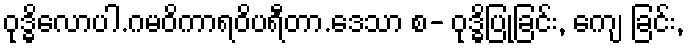
ဝုဒ္ဓိလောပါ.ဂမဝိကာရဝိပရီတာ.ဒေသာ စ- ဝုဒ္ဓိပြုခြင်း, ကျေ ခြင်း,